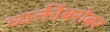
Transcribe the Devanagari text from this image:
व्यक्तींबरोबर